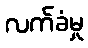
လက်ခံမှု